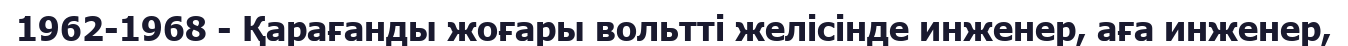
1962-1968 - Қарағанды жоғары вольтті желісінде инженер, аға инженер,